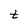
Character: t